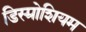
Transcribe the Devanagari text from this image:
डिस्प्रोशियम